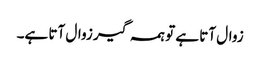
زوال آتا ہے تو ہمہ گیر زوال آتا ہے۔